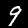
Digit: 9